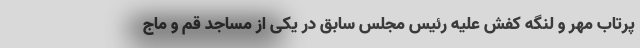
پرتاب مهر و لنگه کفش علیه رئیس مجلس سابق در یکی از مساجد قم و ماج